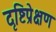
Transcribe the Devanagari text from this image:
दृष्टिप्रेक्षण